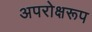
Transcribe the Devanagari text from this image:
अपरोक्षरूप